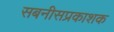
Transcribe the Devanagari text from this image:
सबनीसप्रकाशक